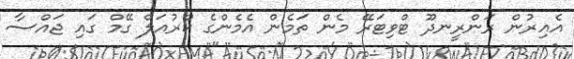
އެއިރުން ރަންރީނދޫ ޓްވިޓަރޭ މެން ތަމެން އެމެންގެ ކްރުއަލް ގޭމް ގައި ޖައްސާ